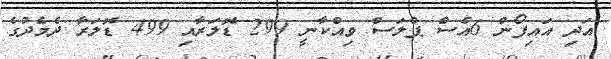
އަދި އައިފޯން 6އެސް ޕްލަސް ވިއްކާނީ 299 ޑޮލަރާއި 499 ޑޮލަރާ ދެމެދުގެ